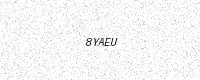
Text: 8YAEU